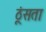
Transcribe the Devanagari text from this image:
ठूंसता